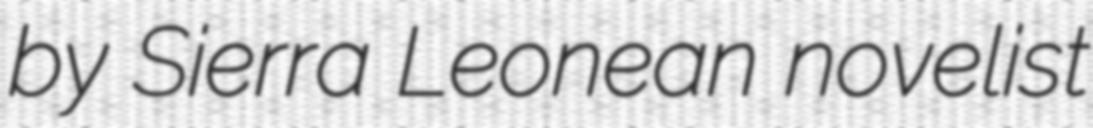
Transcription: by Sierra Leonean novelist